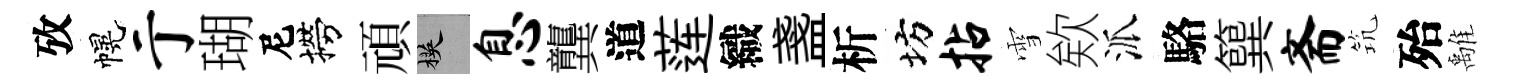
攷幌亍瑚尼撈頑楧息龔道莲織盞析坊拈雪欸派駱簨斋𥬑殆𩀌